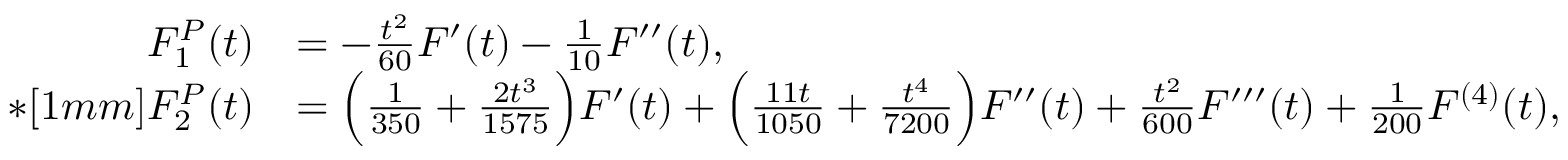
\begin{array} { r l } { F _ { 1 } ^ { P } ( t ) } & { = - \frac { t ^ { 2 } } { 6 0 } F ^ { \prime } ( t ) - \frac { 1 } { 1 0 } F ^ { \prime \prime } ( t ) , } \\ { * [ 1 m m ] F _ { 2 } ^ { P } ( t ) } & { = \Big ( \frac { 1 } { 3 5 0 } + \frac { 2 t ^ { 3 } } { 1 5 7 5 } \Big ) F ^ { \prime } ( t ) + \Big ( \frac { 1 1 t } { 1 0 5 0 } + \frac { t ^ { 4 } } { 7 2 0 0 } \Big ) F ^ { \prime \prime } ( t ) + \frac { t ^ { 2 } } { 6 0 0 } F ^ { \prime \prime \prime } ( t ) + \frac { 1 } { 2 0 0 } F ^ { ( 4 ) } ( t ) , } \end{array}